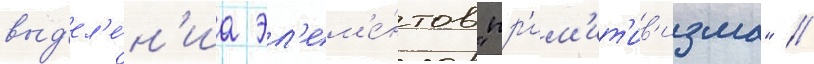
выд'ел'е́н'иа эл'ем'е́нтов "пр'им'ит'ив'изма" /